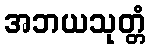
အဘယသုတ္တံ